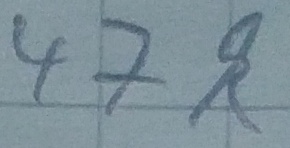
Text: 47k